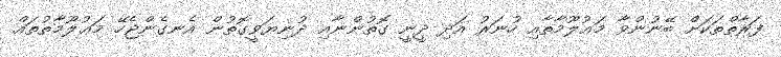
ފަރާތްތަކަށް ބޭނުންވާ މަޢުލޫމާތާއި ހުނަރު އަދި ދީނީ ގޮތުންނާއި ދުނިޔަވީގޮތުން އެނގެންޖެހޭ މަޢުލޫމާތުތައް